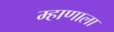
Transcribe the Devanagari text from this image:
म्हाणाला